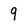
Character: 9